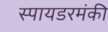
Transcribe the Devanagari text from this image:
स्पायडरमंकी